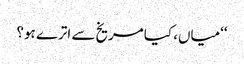
‘‘میاں، کیا مریخ سے اترے ہو؟